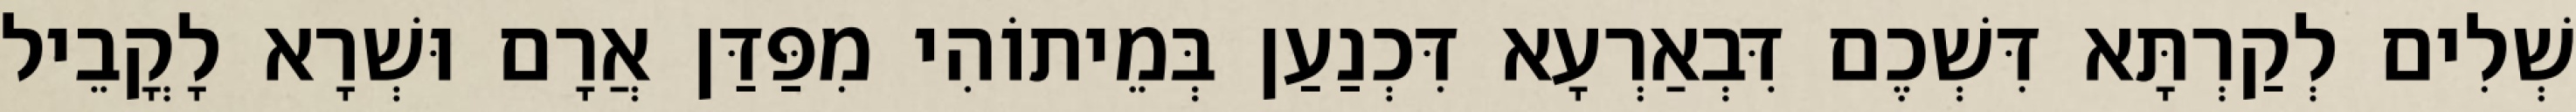
שְׁלִים לְקַרְתָּא דִּשְׁכֶם דִּבְאַרְעָא דִּכְנַעַן בְּמֵיתוֹהִי מִפַּדַּן אֲרָם וּשְׁרָא לָקֳבֵיל